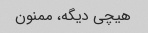
هیچی دیگه، ممنون